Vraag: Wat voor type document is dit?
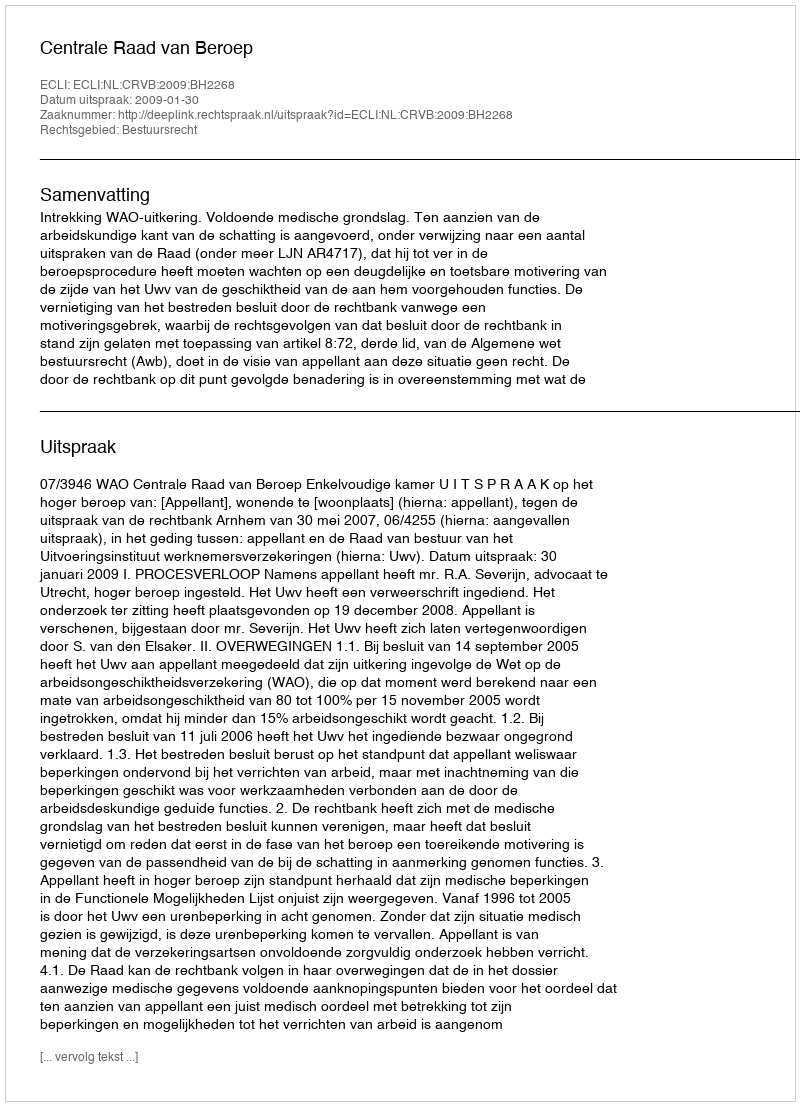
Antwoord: Uitspraak